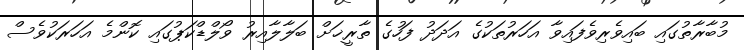
މުބާރާތުގައި ބައިވެރިވެފައިވާ އަހަރުތަކުގެ އަދަދު ފަހުގެ ތާރީޚަށް ބަލާލާއިރު ވޯލްޑްކަޕުގައި ކޮންމެ އަހަރަކުވެސް